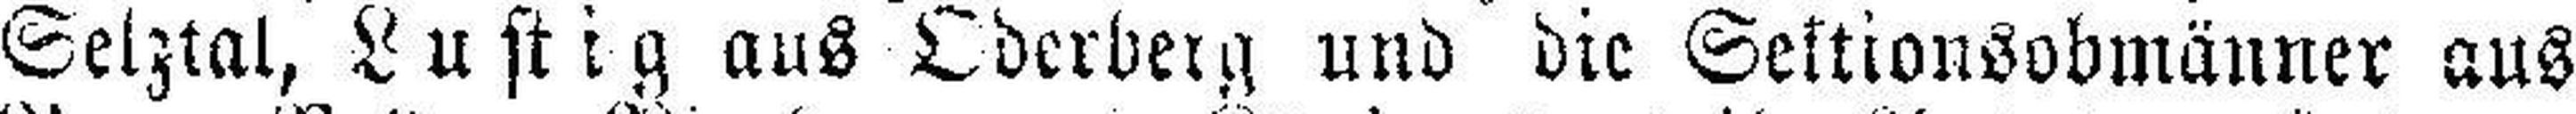
Selztal, Lustig aus Oderberg und die Seltionsobmänner aus